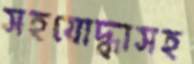
সহযোদ্ধাসহ